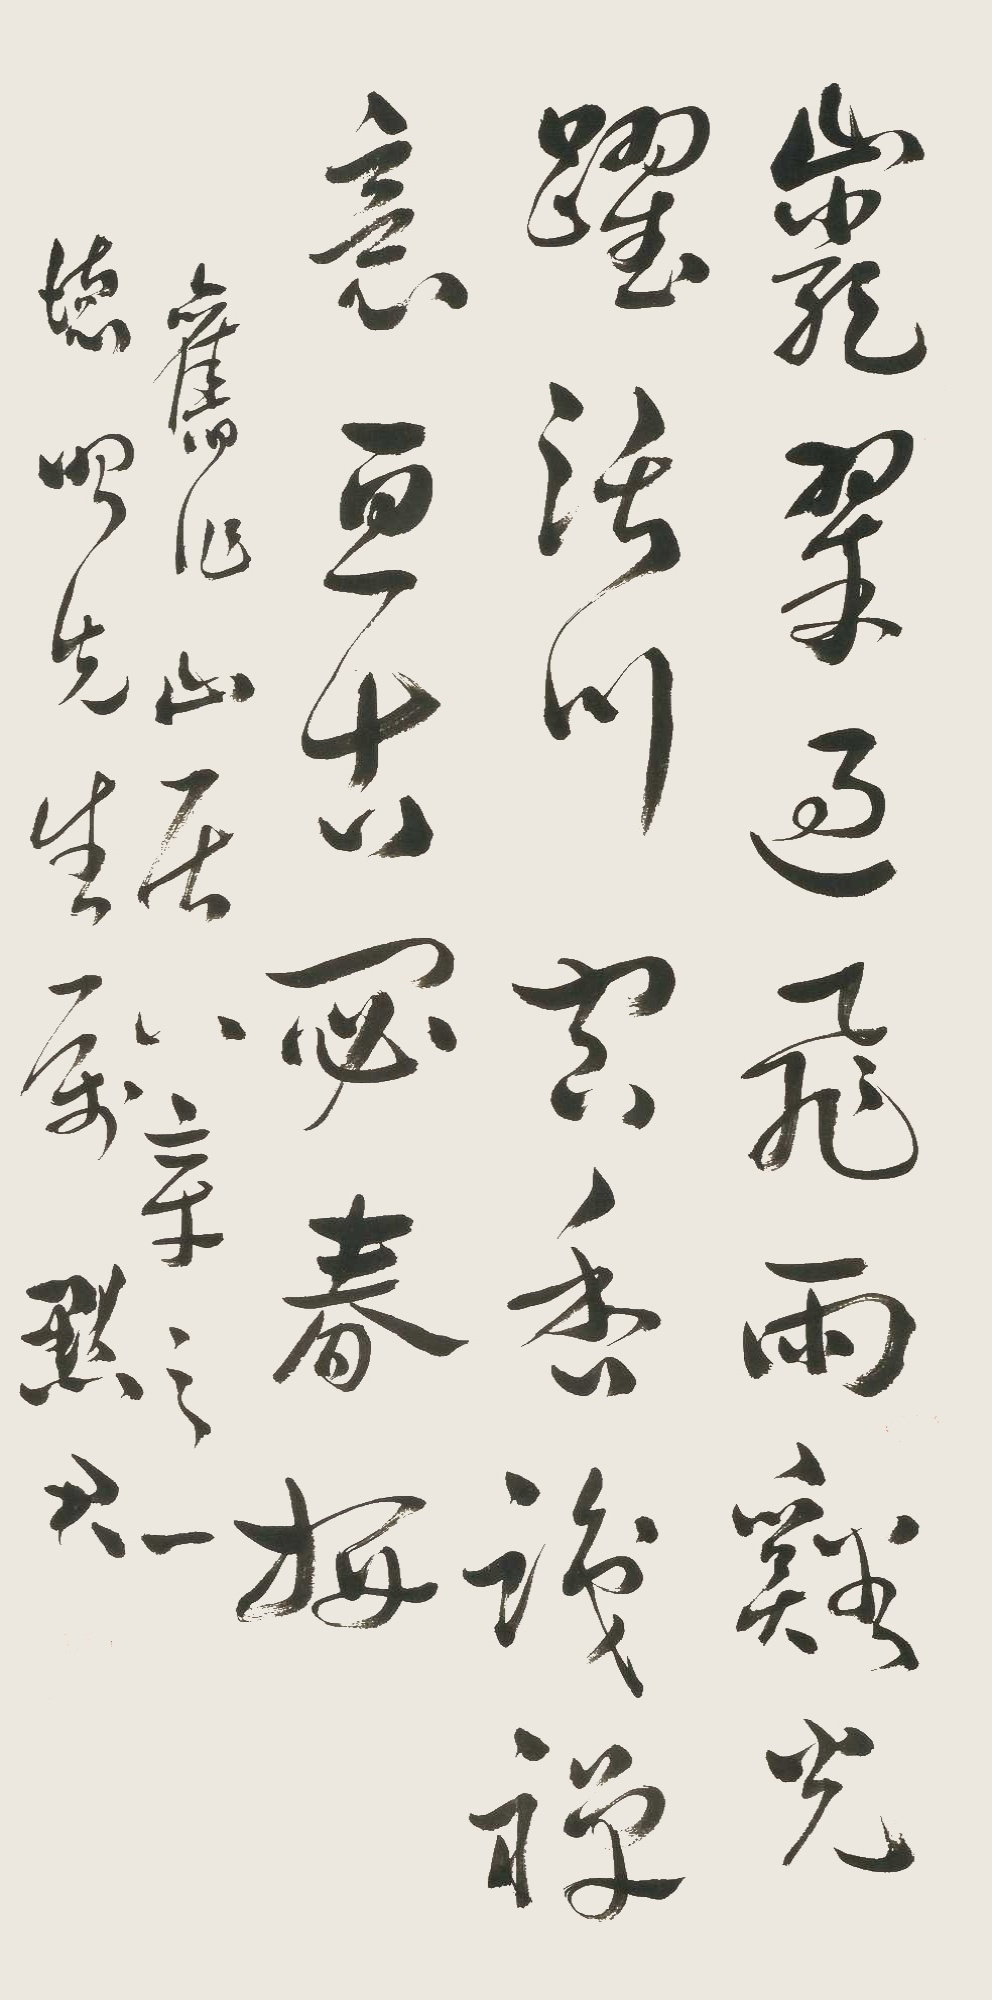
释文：岩翠过飞雨，谿光跃阔川。空香识禅意，亘古宓春妍。旧作山居八章之一。德明先生属，默君。